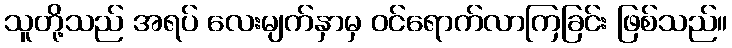
သူတို့သည် အရပ် လေးမျက်နှာမှ ဝင်ရောက်လာကြခြင်း ဖြစ်သည်။